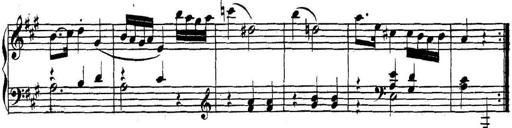
Title: Collected Piano Sonatas
Composer: Muzio Clementi